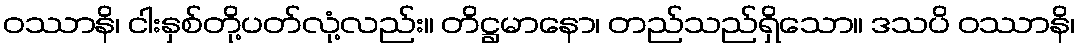
ဝဿာနိ၊ ငါးနှစ်တို့ပတ်လုံ့လည်း။ တိဋ္ဌမာနော၊ တည်သည်ရှိသော။ ဒသပိ ဝဿာနိ၊